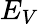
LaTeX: E_{V}